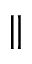
\parallel